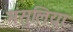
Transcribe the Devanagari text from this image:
मंसुलिया